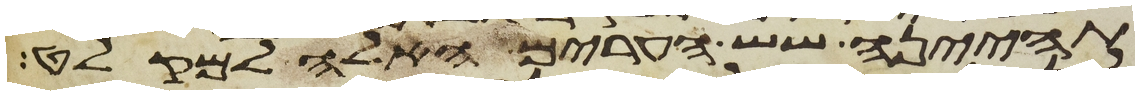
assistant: תהיינה שש הערים האלה למקלט